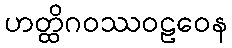
ဟတ္ထိဂဝဿဝဠဝေန